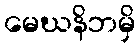
မေဃနိဘမှိ